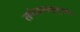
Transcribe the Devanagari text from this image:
सर्वत्राप्यनुभुयते।